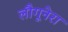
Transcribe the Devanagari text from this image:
लौगूनेरा